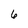
Character: 6